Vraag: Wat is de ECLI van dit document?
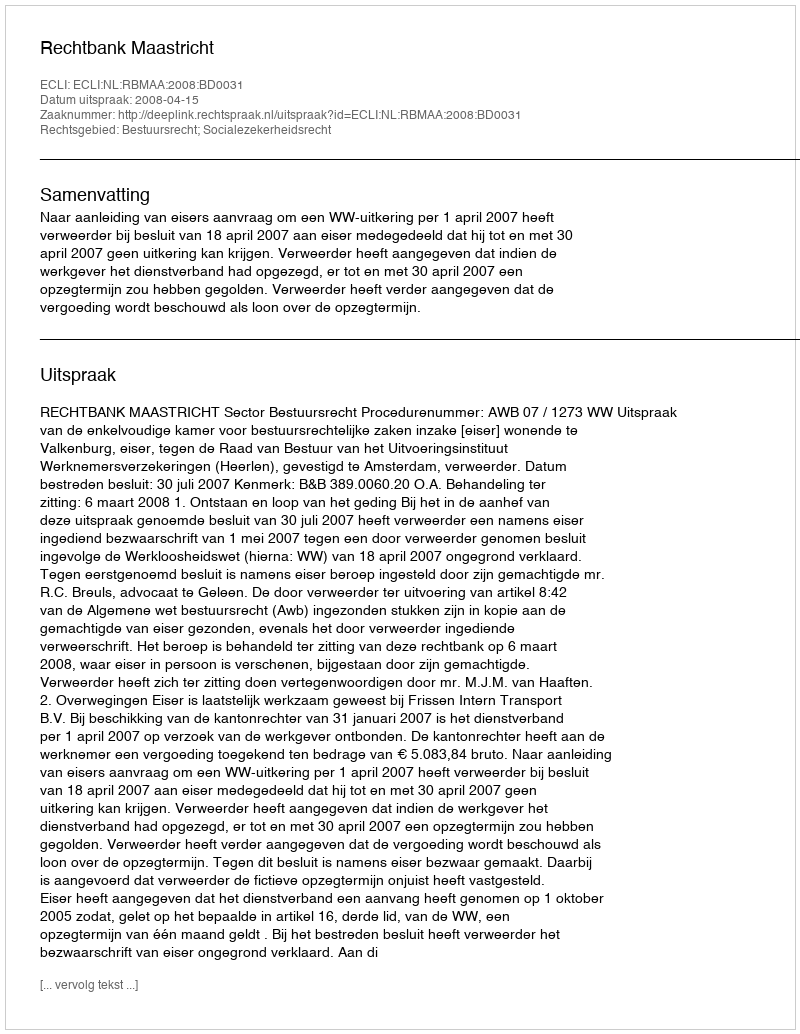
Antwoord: ECLI:NL:RBMAA:2008:BD0031